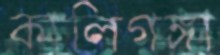
কালিগঙ্গা